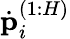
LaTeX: \dot{\textbf{p}}_{i}^{(1:H)}